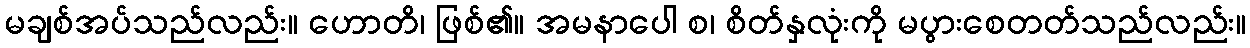
မချစ်အပ်သည်လည်း။ ဟောတိ၊ ဖြစ်၏။ အမနာပေါ စ၊ စိတ်နှလုံးကို မပွားစေတတ်သည်လည်း။